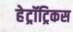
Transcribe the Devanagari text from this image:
हेट्रॉट्रिकस